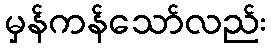
မှန်ကန်သော်လည်း